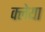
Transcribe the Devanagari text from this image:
क्लेया